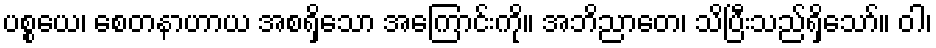
ပစ္စယေ၊ စေတနာဟာယ အစရှိသော အကြောင်းကို။ အဘိညာတေ၊ သိပြီးသည်ရှိသော်။ ဝါ၊